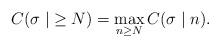
LaTeX: \begin{align*} C(\sigma \mid \; \geq N) = \max_{n \geq N}C(\sigma \mid n).\end{align*}